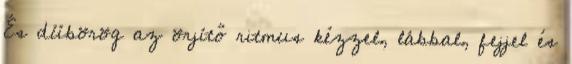
És dübörög az örjítő ritmus kézzel, lábbal, fejjel és